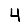
Digit: 4